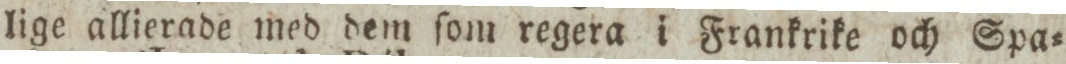
lige allierade med dem ſom regera i Frankrike och Spa=